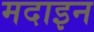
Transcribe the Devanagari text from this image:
मदाइन